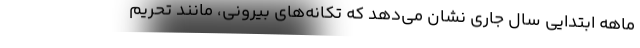
ماهه ابتدایی سال جاری نشان می‌دهد که تکانه‌های بیرونی، مانند تحریم